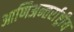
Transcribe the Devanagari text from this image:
आणिअन्तर्राष्ट्रीय